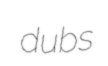
dubs